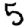
Digit: 5